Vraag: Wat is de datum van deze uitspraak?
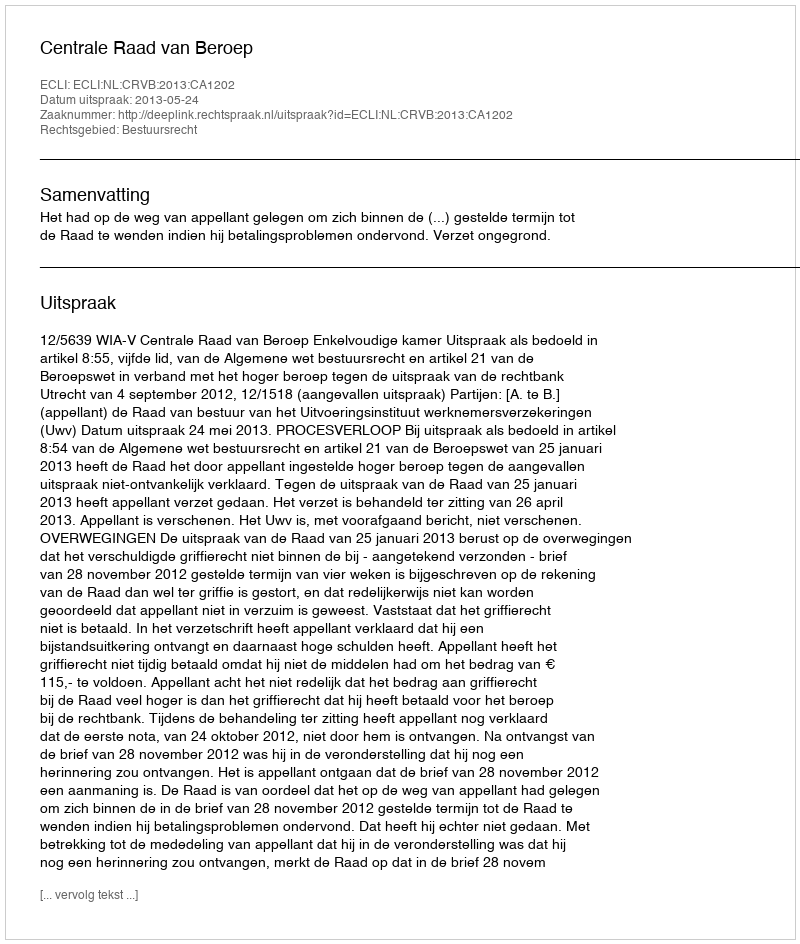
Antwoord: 2013-05-24